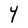
Character: Y